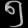
Digit: ၅